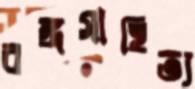
বঙ্গসাহিত্য